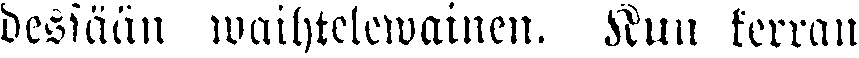
dessään waihtelewainen. Kun kerran